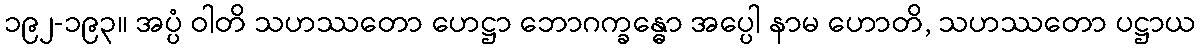
၁၉၂-၁၉၃။ အပ္ပံ ဝါတိ သဟဿတော ဟေဋ္ဌာ ဘောဂက္ခန္ဓော အပ္ပေါ နာမ ဟောတိ, သဟဿတော ပဋ္ဌာယ